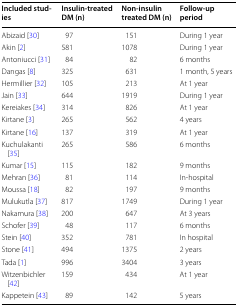
| Included studies | Insulin-treated DM (n) | Non-insulin treated DM (n) | Follow-up period |
 | --- | --- | --- | --- |
 | Abizaid [30] | 97 | 151 | During 1 year |
 | Akin [2] | 581 | 1078 | During 1 year |
 | Antoniucci [31] | 84 | 82 | 6 months |
 | Dangas [8] | 325 | 631 | 1 month, 5 years |
 | Hermillier [32] | 105 | 213 | At 1 year |
 | Jain [33] | 644 | 1919 | During 1 year |
 | Kereiakes [34] | 314 | 826 | At 1 year |
 | Kirtane [3] | 265 | 562 | 4 years |
 | Kirtane [16] | 137 | 319 | At 1 year |
 | Kuchulakanti [35] | 265 | 586 | 6 months |
 | Kumar [15] | 115 | 182 | 9 months |
 | Mehran [36] | 81 | 114 | In-hospital |
 | Moussa [18] | 82 | 197 | 9 months |
 | Mulukutla [37] | 817 | 1749 | During 1 year |
 | Nakamura [38] | 200 | 647 | At 3 years |
 | Schofer [39] | 48 | 117 | 6 months |
 | Stein [40] | 352 | 781 | In hospital |
 | Stone [41] | 494 | 1375 | 2 years |
 | Tada [1] | 996 | 3404 | 3 years |
 | Witzenbichler [42] | 159 | 434 | At 1 year |
 | Kappetein [43] | 89 | 142 | 5 years |